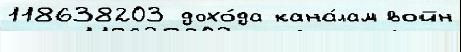
118638203 дохо́да кана́лам войн